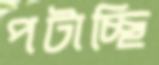
পটাচ্ছি